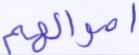
أموالهم